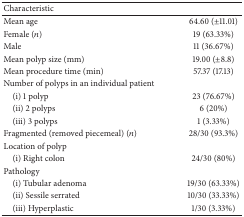
<table><thead><tr><td><b>Characteristic</b></td><td><b> </b></td></tr></thead><tbody><tr><td>Mean age </td><td>64.60 (±11.01)</td></tr><tr><td>Female (<i>n</i>)</td><td>19 (63.33%)</td></tr><tr><td>Male </td><td>11 (36.67%)</td></tr><tr><td>Mean polyp size (mm)</td><td>19.00 (±8.8)</td></tr><tr><td>Mean procedure time (min)</td><td>57.37 (17.13)</td></tr><tr><td>Number of polyps in an individual patient</td><td> </td></tr><tr><td> (i) 1 polyp </td><td>23 (76.67%)</td></tr><tr><td> (ii) 2 polyps </td><td>6 (20%)</td></tr><tr><td> (iii) 3 polyps </td><td>1 (3.33%)</td></tr><tr><td>Fragmented (removed piecemeal) (<i>n</i>) </td><td>28/30 (93.3%)</td></tr><tr><td>Location of polyp</td><td> </td></tr><tr><td> (i) Right colon </td><td>24/30 (80%)</td></tr><tr><td>Pathology </td><td> </td></tr><tr><td> (i) Tubular adenoma </td><td>19/30 (63.33%)</td></tr><tr><td> (ii) Sessile serrated </td><td>10/30 (33.33%)</td></tr><tr><td> (iii) Hyperplastic </td><td>1/30 (3.33%)</td></tr></tbody></table>